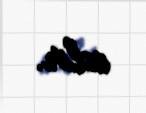
edir.